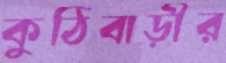
কুঠিবাড়ীর